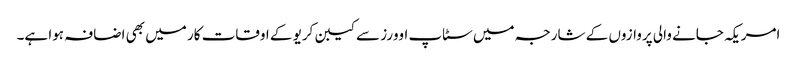
امریکہ جانے والی پروازوں کے شارجہ میں سٹاپ اوورز سے کیبن کریو کے اوقات کار میں بھی اضافہ ہوا ہے۔